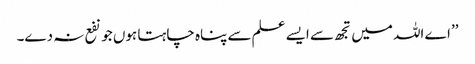
’’اے اللہ میں تجھ سے ایسے علم سے پناہ چاہتا ہوں جو نفع نہ دے۔